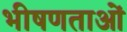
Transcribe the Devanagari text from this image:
भीषणताओं